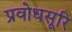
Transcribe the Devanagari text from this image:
प्रवोधसूरि